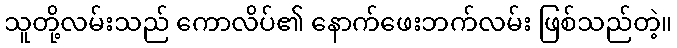
သူတို့လမ်းသည် ကောလိပ်၏ နောက်ဖေးဘက်လမ်း ဖြစ်သည်တဲ့။